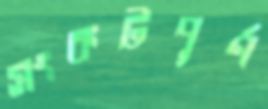
সংকটপূর্ণ